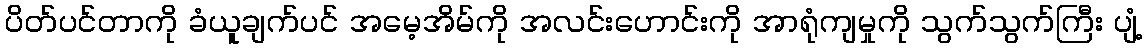
ပိတ်ပင်တာကို ခံယူချက်ပင် အမေ့အိမ်ကို အလင်းဟောင်းကို အာရုံကျမှုကို သွက်သွက်ကြီး ပျံ့